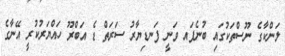
ލަންކާގެ ނޫސްތަކުގައި ބުނެފައ ވަނީ ފަނޑިޔާރު ސަރަތް ޑެ އަބްރޫ ހައްޔަރުކުރީ އޭނާގެ